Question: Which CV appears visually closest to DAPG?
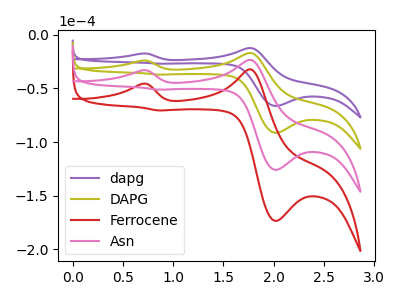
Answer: <think>The purple curve "dapg" has anodic peaks at (0.70V, -17.45uA) (1.75V, -12.30uA) and cathodic peaks at (2.00V, -66.25uA) (0.85V, -26.95uA). The olive curve "DAPG" has anodic peaks at (0.70V, -24.05uA) (1.75V, -16.95uA) and cathodic peaks at (2.00V, -91.30uA) (0.85V, -37.10uA). The red curve "Ferrocene" has anodic peaks at (0.70V, -72.15uA) (1.75V, -50.85uA) and cathodic peaks at (2.00V, -273.95uA) (0.85V, -111.30uA). The pink curve "Asn" has anodic peaks at (0.70V, -48.10uA) (1.75V, -33.90uA) and cathodic peaks at (2.00V, -182.65uA) (0.85V, -74.20uA).
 All the peaks in "dapg" have a peak in "DAPG" at the same potential. All the peaks in "dapg" have a peak in "Ferrocene" at the same potential. All the peaks in "dapg" have a peak in "Asn" at the same potential. All the peaks in "DAPG" have a peak in "Ferrocene" at the same potential. All the peaks in "DAPG" have a peak in "Asn" at the same potential. All the peaks in "Ferrocene" have a peak in "Asn" at the same potential.</think>
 <answer>"DAPG", "Ferrocene" and "Asn" have a similar shape to "dapg".</answer>
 <eval>"DAPG" "Ferrocene" "Asn"</eval>